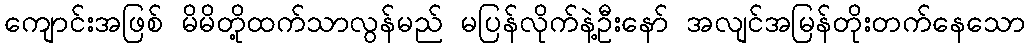
ကျောင်းအဖြစ် မိမိတို့ထက်သာလွန်မည် မပြန်လိုက်နဲ့ဦးနော် အလျင်အမြန်တိုးတက်နေသော